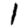
Digit: 1